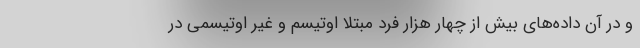
و در آن داده‌های بیش از چهار هزار فرد مبتلا اوتیسم و غیر اوتیسمی در